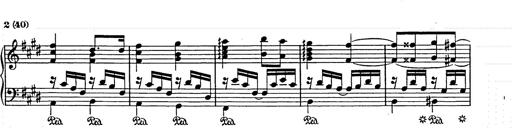
Title: Ave Maria
Composer: Joseph Ascher
Key: D-flat major